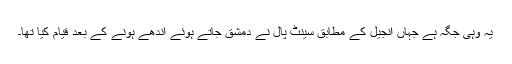
یہ وہی جگہ ہے جہاں انجیل کے مطابق سینٹ پال نے دمشق جاتے ہوئے اندھے ہونے کے بعد قیام کیا تھا۔